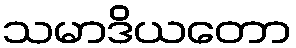
သမာဒိယတော